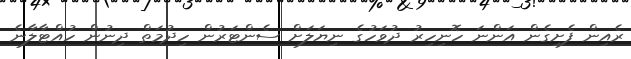
ރެއިން ފެށިގެން އަންނަ ހޮނިހިރު ދުވަހުގެ ނިޔަލަށް ސެންޓަރުން ހިދުމަތް ދިނުން ހުއްޓާލާނެ